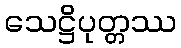
သေဋ္ဌိပုတ္တဿ